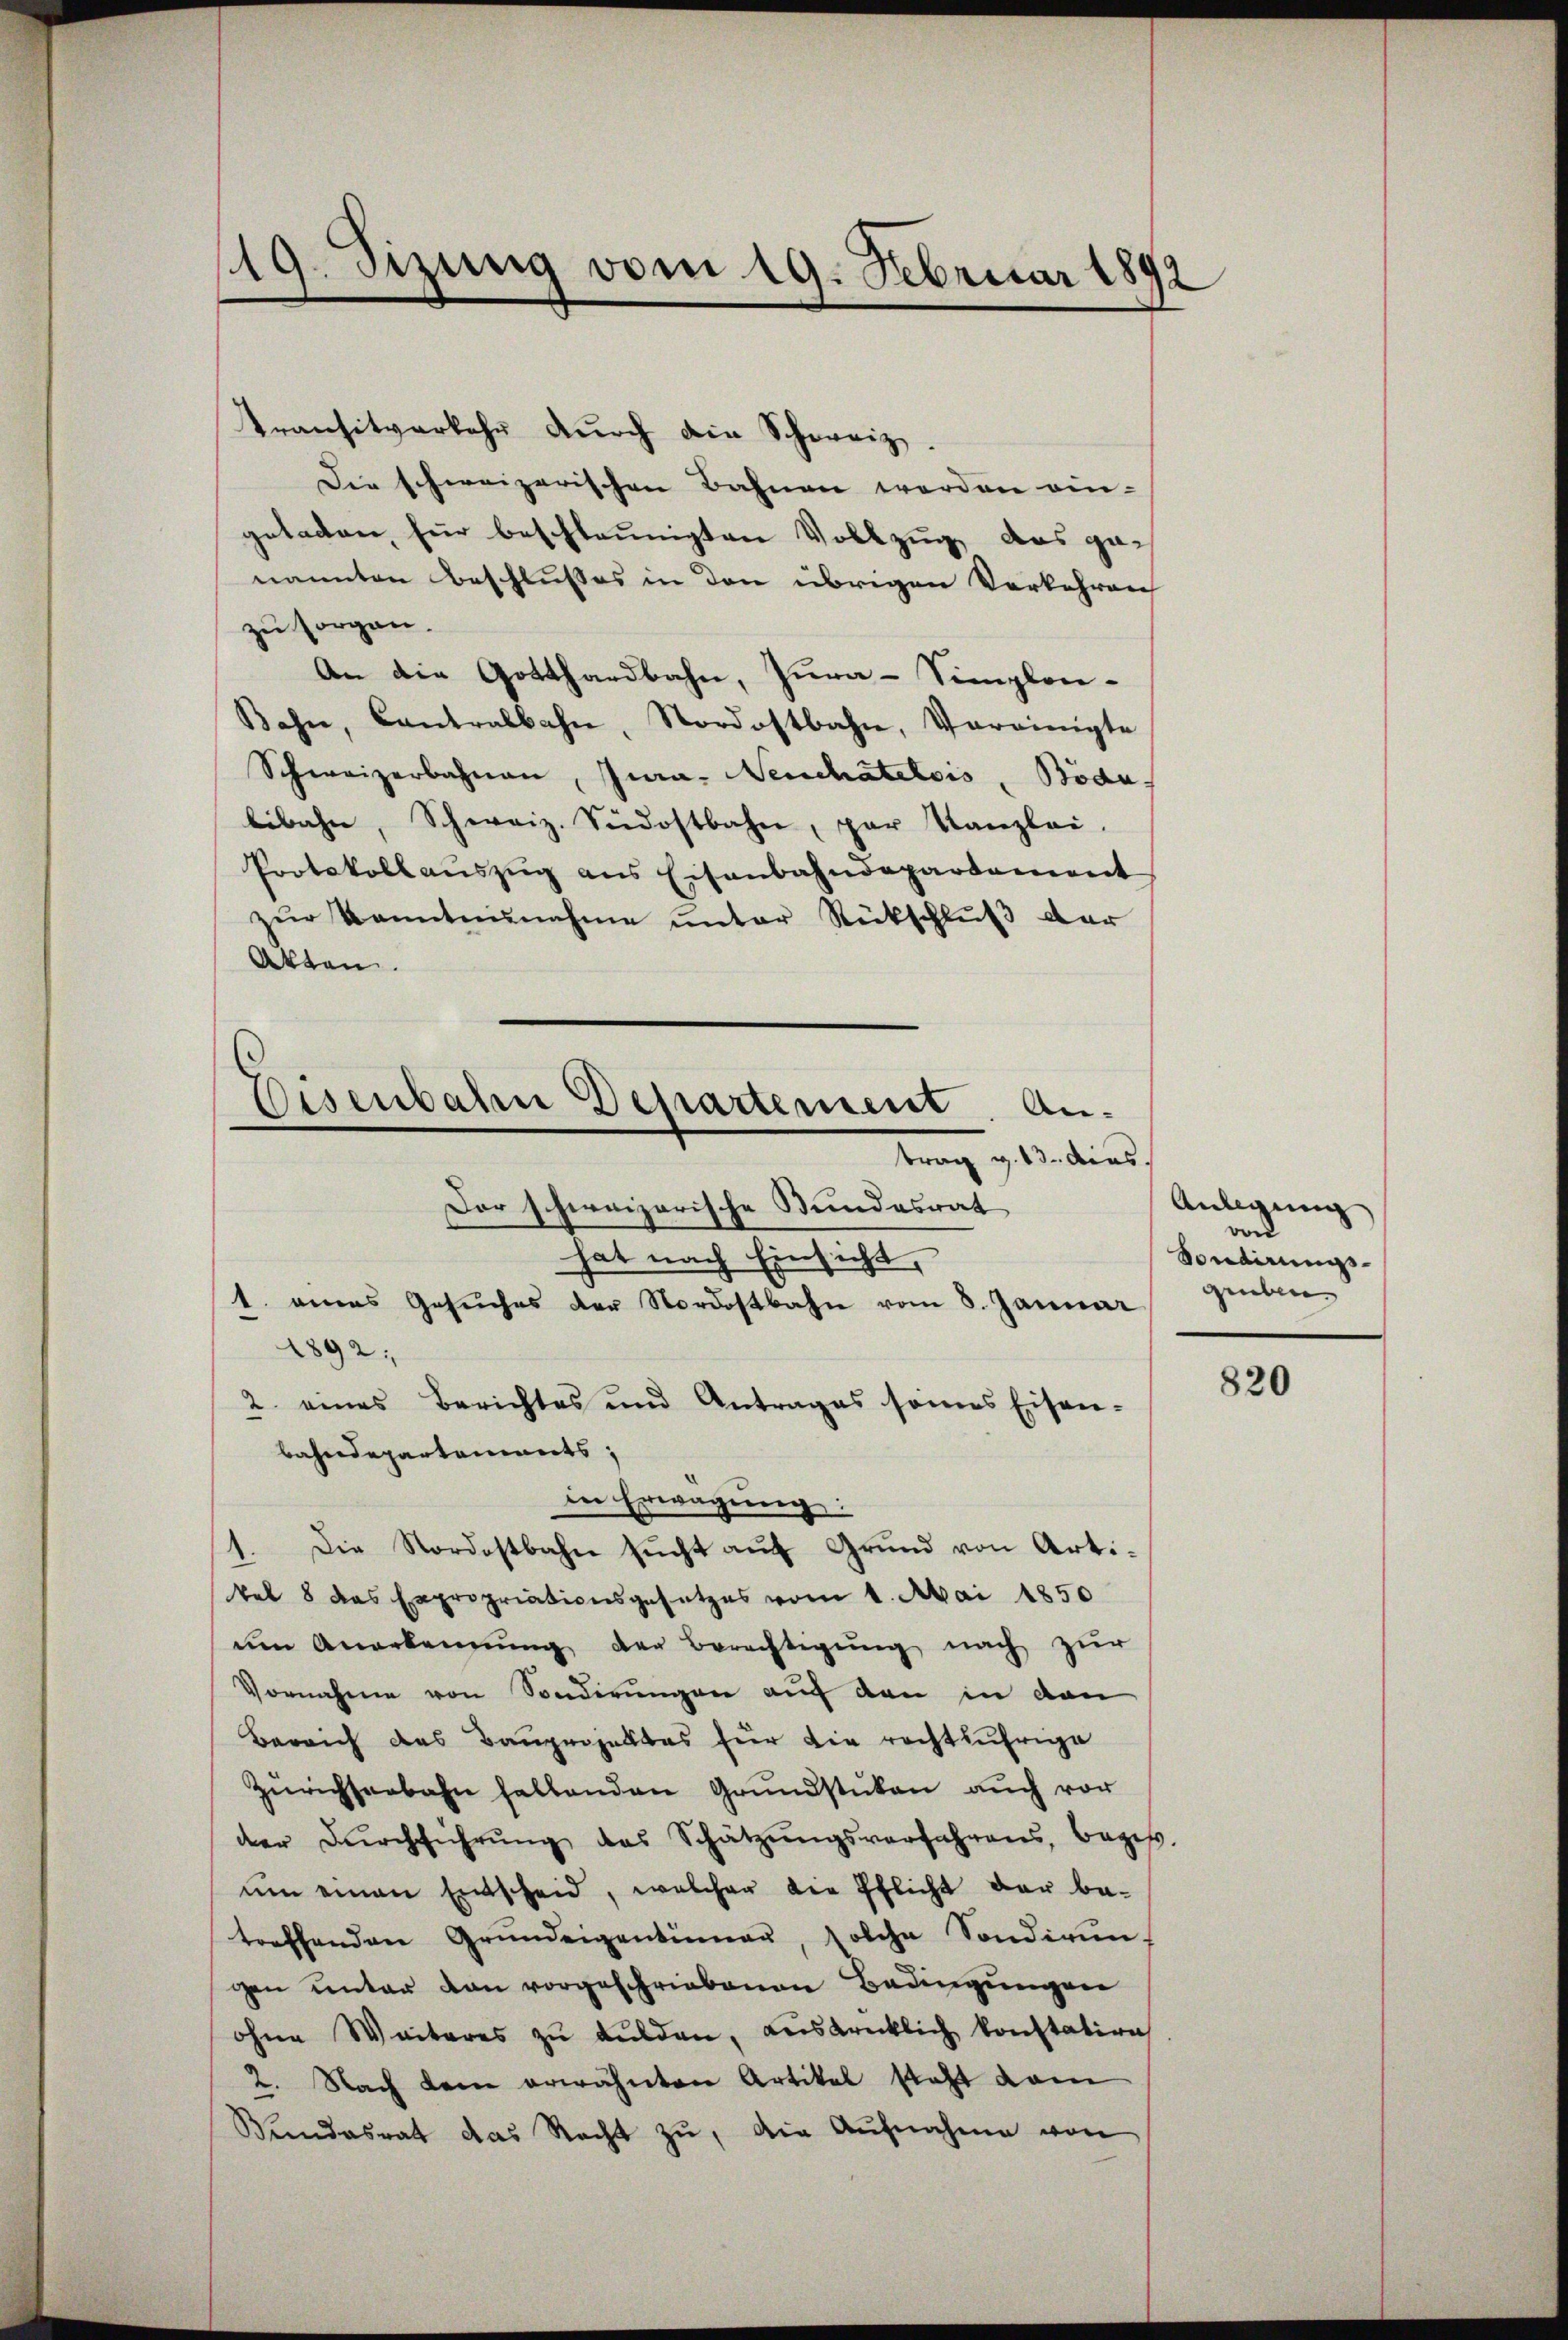
Transitverkehr dŭrch die Schweiz.
Die schweizerischen Bahnen werden ein-
getaden für beschleunigten Vollzug das genannten Beschlußes in den übrigen Verkehreng
zu sorgen.
An die Gotthardbahn, Pura-Simplon-
Bahn, Cantralbahn, Nordostbahn, Vereinigte
Schweizerbahnen, Jura. Neuchâtelois, Bödn.
libahn, Schweiz. Südostbahn, par Kanzlei.
Protokollaŭszŭg ans Eisenbahndepartement
zŭr Kenntnŭnahme ŭnter Rückschlŭβ der
Akten.
bahndepartements,
in Erwägung:
1. Die Nordostbahn sucht auf Grund von Artikel 8 das Expropriationsgesetzes vom 1. Mai 1850
um Anerkennung der Berechtigung nach zur
Vornahme von Sonderungen auf den in dan
Bereich das Baugerhalbes für die rechtlufrige
Zürichseebahn haltenden Grundstücken auch vor
der Dŭrchführŭng des Schätzŭngsverfahrens, beges.
ŭm einen Entscheid, welcher die Pflicht der be-
treffenden Grŭndeigentümer, solche Sondirŭn-
gen unter den vorgeschriebenen Bedingungen
ohne Weiteres zŭ aŭsden, ausdrücklich konstation
2. Nach dem erwähnten Artikel steht dam
Bundesrat das Recht zu, die Aufnahme von

19. Sizung vom 19. Februar 1892

Eisenbahn Departement. Antrag v. 13. dies
1. eines Gesuches der Nordostbahn vom 8. Januar
1892;
2. eines Berichtes und Antrages seines Eisen-

Der schweizerische Stundesrat
hat nach Einsicht,

Anlegung
von
Vondirungs-
gruben |

820